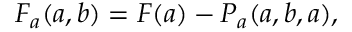
F _ { a } ( a , b ) = F ( a ) - P _ { a } ( a , b , a ) ,